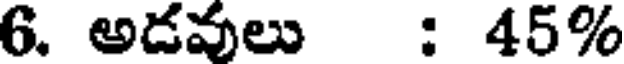
6. అడవులు : 45%